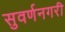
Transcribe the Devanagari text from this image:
सुवर्णनगरी